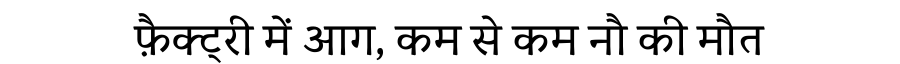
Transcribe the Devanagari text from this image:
फ़ैक्ट्री में आग, कम से कम नौ की मौत